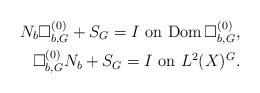
LaTeX: \begin{align*}\mbox{$N_b\Box^{(0)}_{b,G}+S_G=I$ on ${\rm Dom\,}\Box^{(0)}_{b,G}$},\\\mbox{$\Box^{(0)}_{b,G}N_b+S_G=I$ on $L^2(X)^G$}.\end{align*}